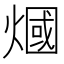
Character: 𤎍